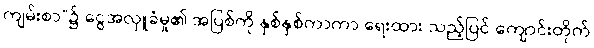
ကျမ်းစာ”၌ ငွေအလှူခံမှု၏ အပြစ်ကို နှစ်နှစ်ကာကာ ရေးထား သည့်ပြင် ကျောင်းတိုက်